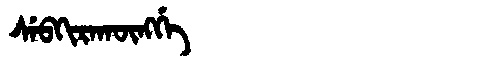
Manchu: ᠰᡝᠪᡴᡳᡵᠠᡴᡡᠩᡤᡝ
Romanization: SEBKIRAKŪNGGE